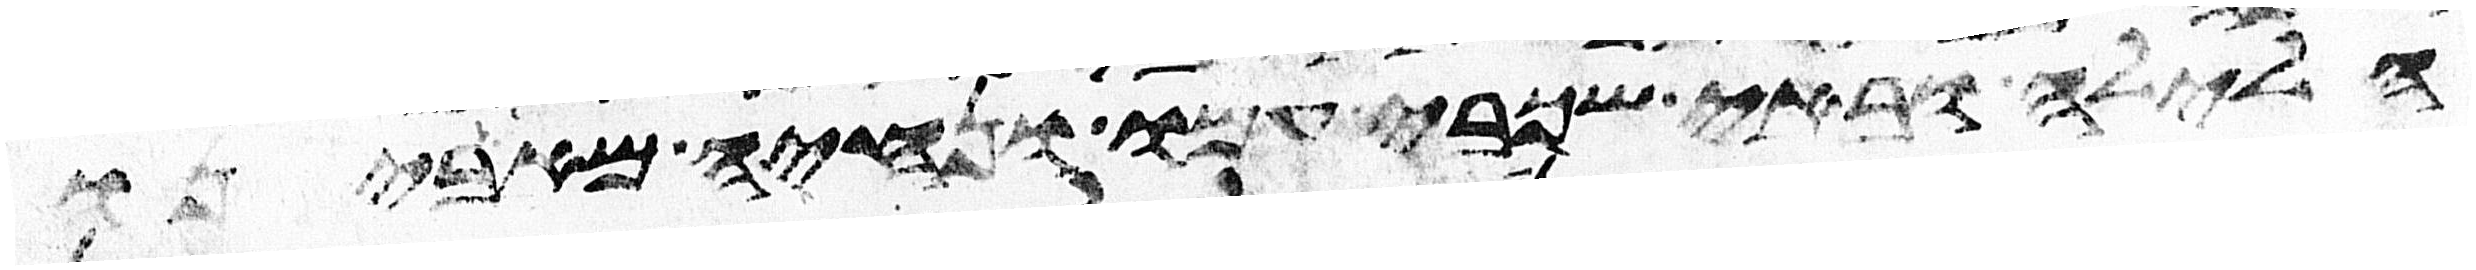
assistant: הלילה ובאי שכבי עמו ונחיה מאבינו